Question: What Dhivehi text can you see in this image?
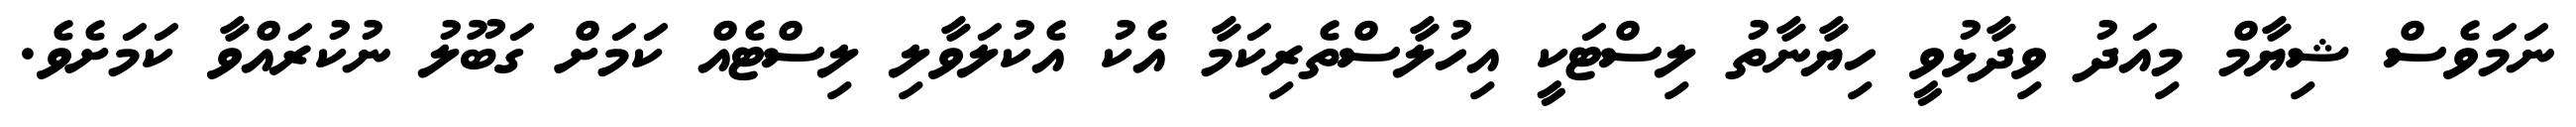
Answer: ނަމަވެސް ޝިޔާމް މިއަދު ވިދާޅުވީ ހިޔާނާތު ލިސްޓަކީ އިހުލާސްތެރިކަމާ އެކު އެކުލަވާލި ލިސްޓެއް ކަމަށް ގަބޫލު ނުކުރައްވާ ކަމަށެވެ.